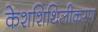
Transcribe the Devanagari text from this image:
केशशिथिलीकरण